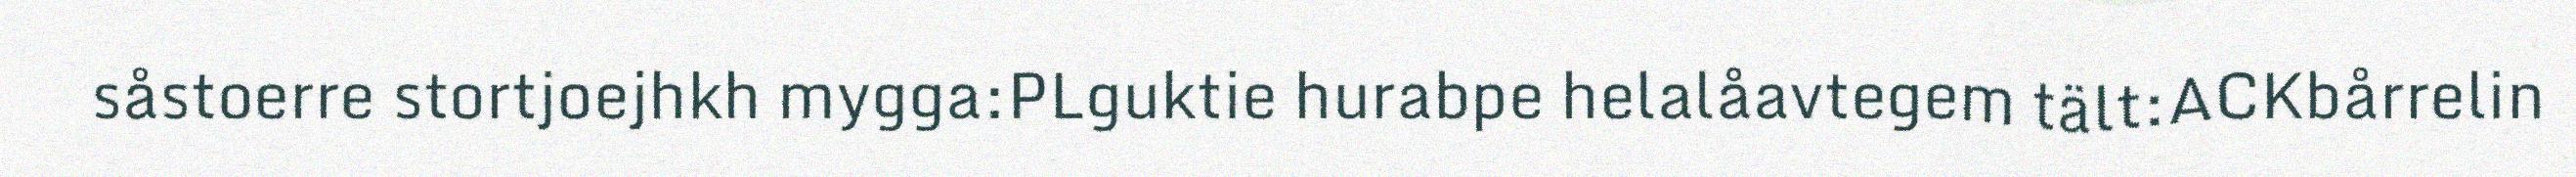
såstoerre stortjoejhkh mygga:PLguktie hurabpe helalåavtegem tält:ACKbårrelin